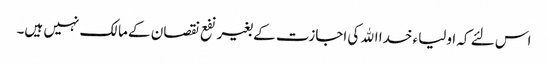
اس لئے کہ اولیاء خدا الله کی اجازت کے بغیر نفع نقصان کے مالک نہیں ہیں۔